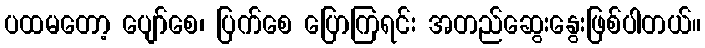
ပထမတော့ ပျော်စေ၊ ပြက်စေ ပြောကြရင်း အတည်ဆွေးနွေးဖြစ်ပါတယ်။